Annual report on the Civil Veterinary Department, Burma (including the Insein Veterinary School) - 1923-1931
Year: 1923
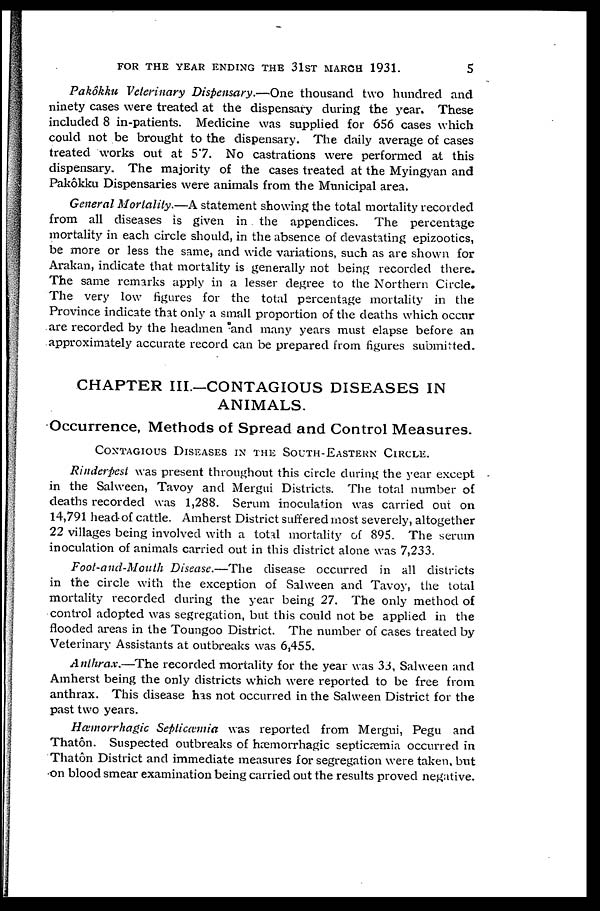
FOR THE YEAR ENDING THE 31ST MARCH 1931.
5
Pakôkku Veterinary Dispensary.—One
thousand two hundred and
ninety cases were treated at the dispensary during the year. These
included 8 in-patients. Medicine was supplied for 656 cases which
could not be brought to the dispensary. The daily average of cases
treated works out at 5.7. No castrations were performed at this
dispensary. The majority of the cases treated at the Myingyan and
Pakôkku Dispensaries were animals from the Municipal area.
General Mortality.—A statement showing the total mortality recorded
from all diseases is given in the appendices. The percentage
mortality in each circle should, in the absence of devastating epizootics,
be more or less the same, and wide variations, such as are shown for
Arakan, indicate that mortality is generally not being recorded there.
The same remarks apply in a lesser degree to the Northern Circle.
The very low figures for the total percentage mortality in the
Province indicate that only a small proportion of the deaths which occur
are recorded by the headmen and many years must elapse before an
approximately accurate record can be prepared from figures submitted.
CHAPTER III—CONTAGIOUS DISEASES IN
ANIMALS.
Occurrence, Methods of Spread and Control Measures.
CONTAGIOUS DISEASES IN THE SOUTH-EASTERN CIRCLE.
Rinderpest was present throughout this circle during the year except
in the Salween, Tavoy and Mergui Districts. The total number of
deaths recorded was 1,288. Serum inoculation was carried out on
14,791 head of cattle. Amherst District suffered most severely, altogether
22 villages being involved with a total mortality of 895. The serum
inoculation of animals carried out in this district alone was 7,233.
Foot-and-Mouth
Disease.—The
disease occurred in all districts
in the circle with the exception of Salween and Tavoy, the total
mortality recorded during the year being 27. The only method of
control adopted was segregation, but this could not be applied in the
flooded areas in the Toungoo District. The number of cases treated by
Veterinary Assistants at outbreaks was 6,455.
Anthrax.—The
recorded mortality for the year was 33, Salween and
Amherst being the only districts which were reported to be free from
anthrax. This disease has not occurred in the Salween District for the
past two years.
Hæmorrhagic
Septicæmia was reported from Mergui, Pegu and
Thatôn. Suspected outbreaks of hæmorrhagic septicæmia occurred in
Thatôn District and immediate measures for segregation were taken, but
on blood smear examination being carried out the results proved negative.